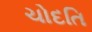
ચોદતિ